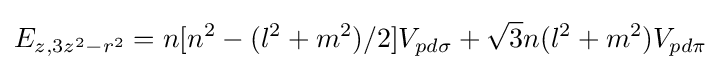
E_{z,3z^{2}-r^{2}}=n[n^{2}-(l^{2}+m^{2})/2]V_{pd\sigma }+{\sqrt {3}}n(l^{2}+m^{2})V_{pd\pi }